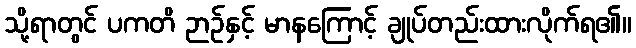
သို့ရာတွင် ပကတိ ဉာဉ်နှင့် မာနကြောင့် ချုပ်တည်းထားလိုက်ရ၏။